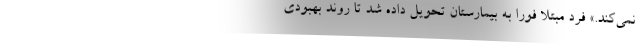
نمی‌کند.» فرد مبتلا فورا به بیمارستان تحویل داده شد تا روند بهبودی